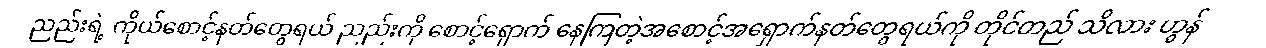
ညည်းရဲ့ ကိုယ်စောင့်နတ်တွေရယ် ညည်းကို စောင့်ရှောက် နေကြတဲ့အစောင့်အရှောက်နတ်တွေရယ်ကို တိုင်တည် သိလား ဟွန်